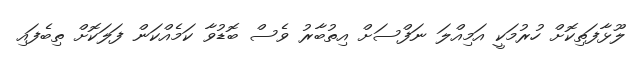
ލޫޅާފަތިކޮށް ހުރުމަކީ އަމިއްލަ ނަފްސަށް އިތުބާރު ވެސް ބޮޑުވާ ކަމެއްކަން ފަލަކޮށް ތިބެފައި